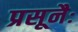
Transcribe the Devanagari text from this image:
प्रसूनैः